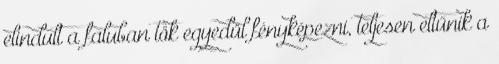
elindult a faluban tök egyedül fényképezni, teljesen eltűnik a